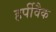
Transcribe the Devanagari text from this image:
हर्पीवैक